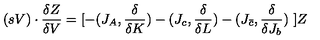
( s V ) \cdot { \frac { \delta Z } { \delta V } } = [ - ( J _ { A } , { \frac { \delta } { \delta K } } ) - ( J _ { c } , { \frac { \delta } { \delta L } } ) - ( J _ { \bar { c } } , { \frac { \delta } { \delta J _ { b } } } ) \ ] Z